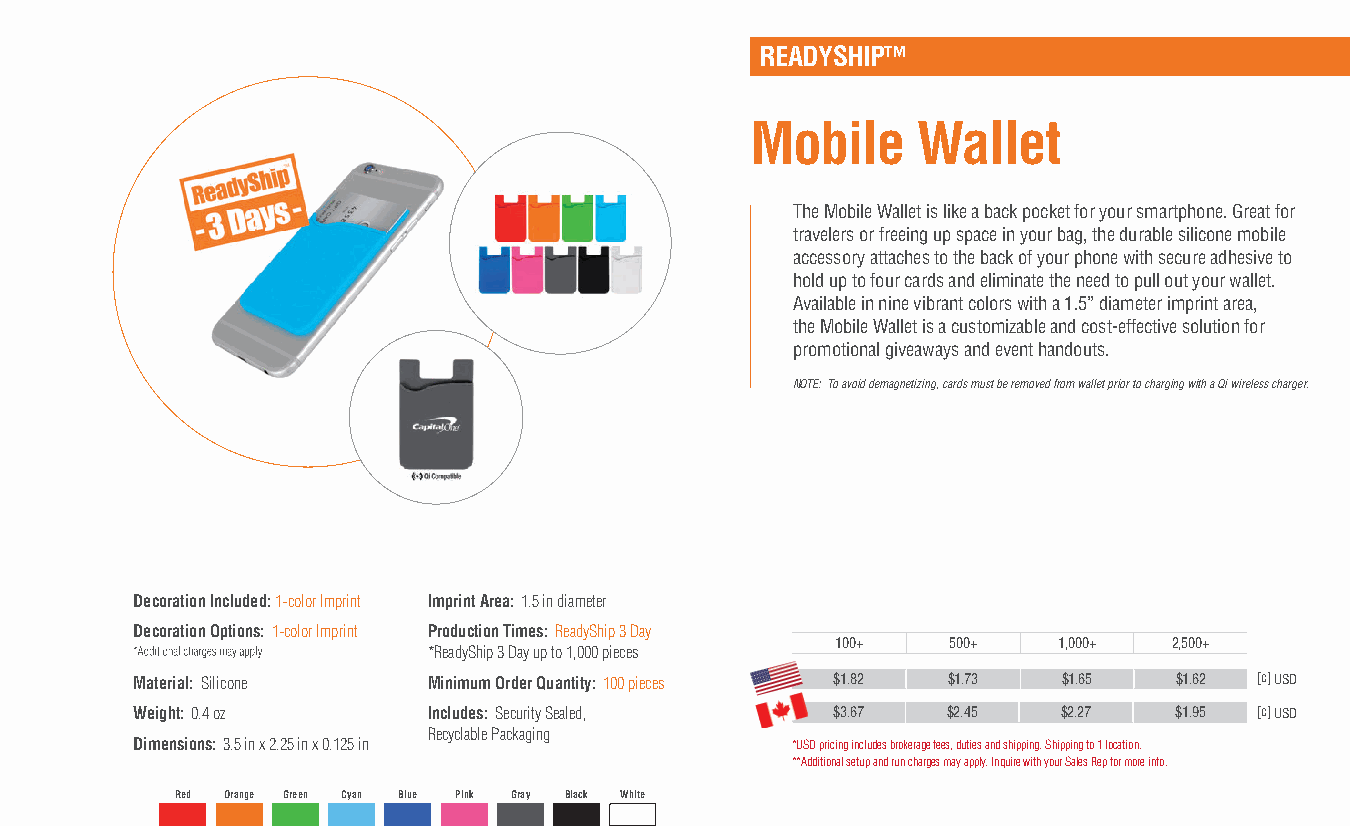
READYSHIP™
 Mobile     Wallet
 The Mobile Wallet is like a back pocket for your smartphone. Great for
 travelers or freeing up space in your bag, the durable silicone mobile
 accessory attaches to the back of your phone with secure adhesive to
 hold up to four cards and eliminate the need to pull out your wallet.
 Available in nine vibrant colors with a 1.5” diameter imprint area,
 the Mobile Wallet is a customizable and cost-effective solution for
 promotional giveaways and event handouts.
 NOTE: To avoid demagnetizing, cards must be removed from wallet prior to charging with a Qi wireless charger.
 Decoration Included: 1-color Imprint Imprint Area: 1.5 in diameter
 Decoration Options: 1-color Imprint Production Times: ReadyShip 3 Day
 100+    500+   1,000+  2,500+
 *ReadyShip 3 Day up to 1,000 pieces
 Material: Silicone Minimum Order Quantity: 100 pieces $1.82 $1.73 $1.65 $1.62 [c] USD
 Weight: 0.4 oz     Includes: Security Sealed, $3.67   $2.45  $2.27   $1.95 [c] USD
 Recyclable Packaging
 Dimensions: 3.5 in x 2.25 in x 0.125 in    *USD pricing includes brokerage fees, duties and shipping. Shipping to 1 location.
 **Additional setup and run charges may apply. Inquire with your Sales Rep for more info.
 Red Orange Green Cyan Blue Pink Gray Black White